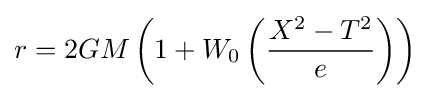
r=2GM\left(1+W_{0}\left({\frac {X^{2}-T^{2}}{e}}\right)\right)